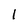
Character: 1